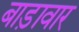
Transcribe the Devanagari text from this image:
बाड़ावार